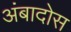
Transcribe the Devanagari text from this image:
अंबादोस